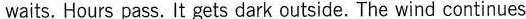
waits.Hours pass.It gets dark outside.The wind continues